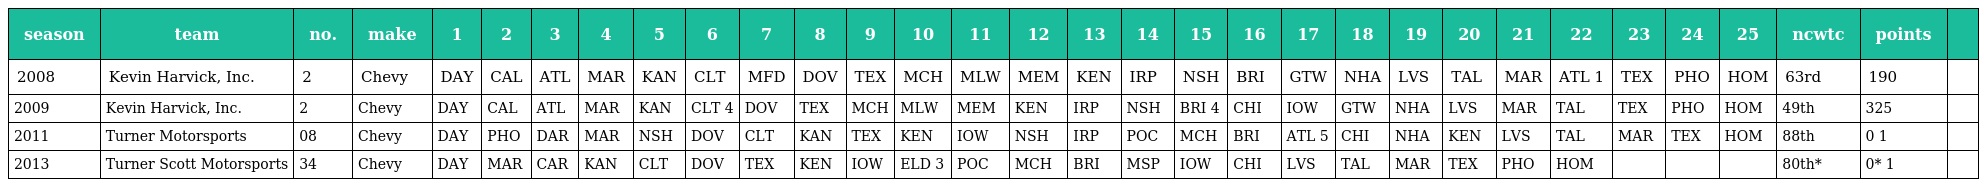
| season | team | no. | make | 1 | 2 | 3 | 4 | 5 | 6 | 7 | 8 | 9 | 10 | 11 | 12 | 13 | 14 | 15 | 16 | 17 | 18 | 19 | 20 | 21 | 22 | 23 | 24 | 25 | ncwtc | points |  |
 | --- | --- | --- | --- | --- | --- | --- | --- | --- | --- | --- | --- | --- | --- | --- | --- | --- | --- | --- | --- | --- | --- | --- | --- | --- | --- | --- | --- | --- | --- | --- | --- |
 | 2008 | Kevin Harvick, Inc. | 2 | Chevy | DAY | CAL | ATL | MAR | KAN | CLT | MFD | DOV | TEX | MCH | MLW | MEM | KEN | IRP | NSH | BRI | GTW | NHA | LVS | TAL | MAR | ATL 1 | TEX | PHO | HOM | 63rd | 190 |  |
 | 2009 | Kevin Harvick, Inc. | 2 | Chevy | DAY | CAL | ATL | MAR | KAN | CLT 4 | DOV | TEX | MCH | MLW | MEM | KEN | IRP | NSH | BRI 4 | CHI | IOW | GTW | NHA | LVS | MAR | TAL | TEX | PHO | HOM | 49th | 325 |  |
 | 2011 | Turner Motorsports | 08 | Chevy | DAY | PHO | DAR | MAR | NSH | DOV | CLT | KAN | TEX | KEN | IOW | NSH | IRP | POC | MCH | BRI | ATL 5 | CHI | NHA | KEN | LVS | TAL | MAR | TEX | HOM | 88th | 0 1 |  |
 | 2013 | Turner Scott Motorsports | 34 | Chevy | DAY | MAR | CAR | KAN | CLT | DOV | TEX | KEN | IOW | ELD 3 | POC | MCH | BRI | MSP | IOW | CHI | LVS | TAL | MAR | TEX | PHO | HOM |  |  |  | 80th* | 0* 1 |  |